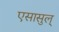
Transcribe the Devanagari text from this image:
एसासुल्